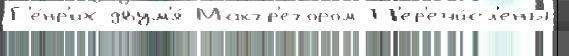
Г'е́нр'их двум'я́ Макгр'егором П'ер'ечи́сл'ены